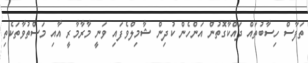
ތަފާސް ހިސާބުތައް ދައްކާގޮތުން އަންހެން ކުދިން ޝާމިލްވެފައި ވަނީ މާރާމާރީ އާއި މަސްތުވާތަކެތި